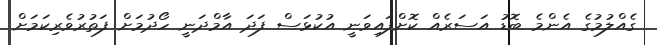
ގެއްލުމުގެ އެންމެ ބޮޑު އަސަރެއް ކޮށްފައިވަނީ އުކުޅަސް ފަދަ އާމްދަނީ ހޯދުމަށް ފަތުރުވެރިކަމަށް